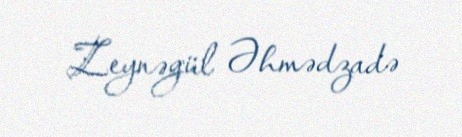
Zeynəgül Əhmədzadə